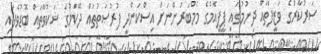
ސަރުކާރުގެ ވަޒީފާތައް ދިނުމުގައި ޕީޕީއެމުގެ މެމްބަރުންނަށް އިސްކަންދީ ފުރުޞަތުތައް ދޭކަމުގެ ޝަކުވާތައް ބޮޑުވެފައި